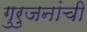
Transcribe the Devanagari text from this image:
गुरुजनांची